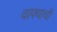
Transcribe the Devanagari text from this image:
वाफ्याची